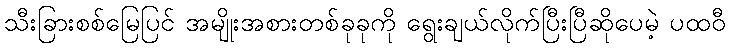
သီးခြားစစ်မြေပြင် အမျိုးအစားတစ်ခုခုကို ရွေးချယ်လိုက်ပြီးပြီဆိုပေမဲ့ ပထဝီ